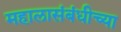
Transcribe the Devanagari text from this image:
महालासंबंधीच्या